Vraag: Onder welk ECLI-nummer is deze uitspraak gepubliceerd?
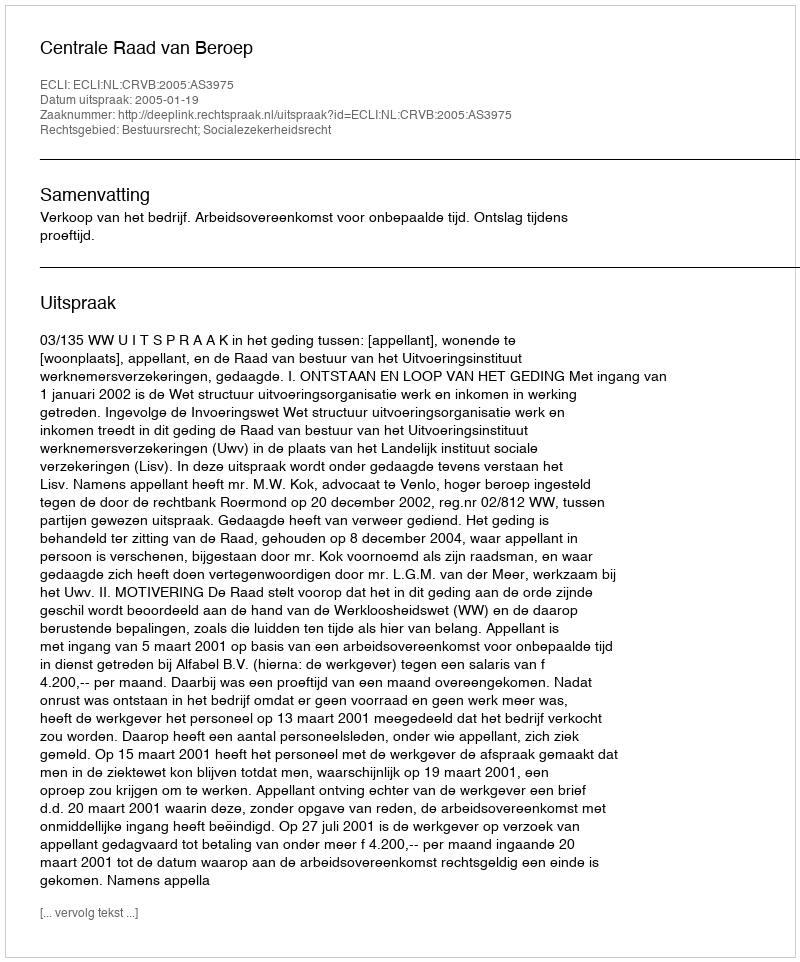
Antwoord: ECLI:NL:CRVB:2005:AS3975